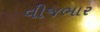
વીજભાર